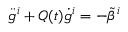
{ \ddot { g } } ^ { i } + Q ( t ) { \dot { g } } ^ { i } = - { \tilde { \beta } } ^ { i }